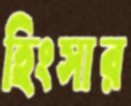
হিংসার